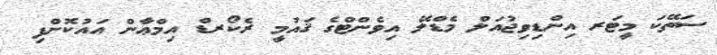
ސަތޭކަ މީޓަރ އިންޑިވިޖުއަލް މެޑްލޭ އިވެންޓްގެ ޤައުމީ ރެކޯރޑް އިމްޢާން އައުކޮށްފި